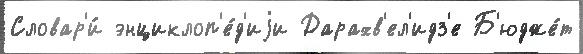
Словар'и́ энциклоп'е́д'иjи Дарахв'ел'идз'е Б'юдже́т